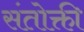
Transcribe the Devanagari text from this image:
संतोक्ती